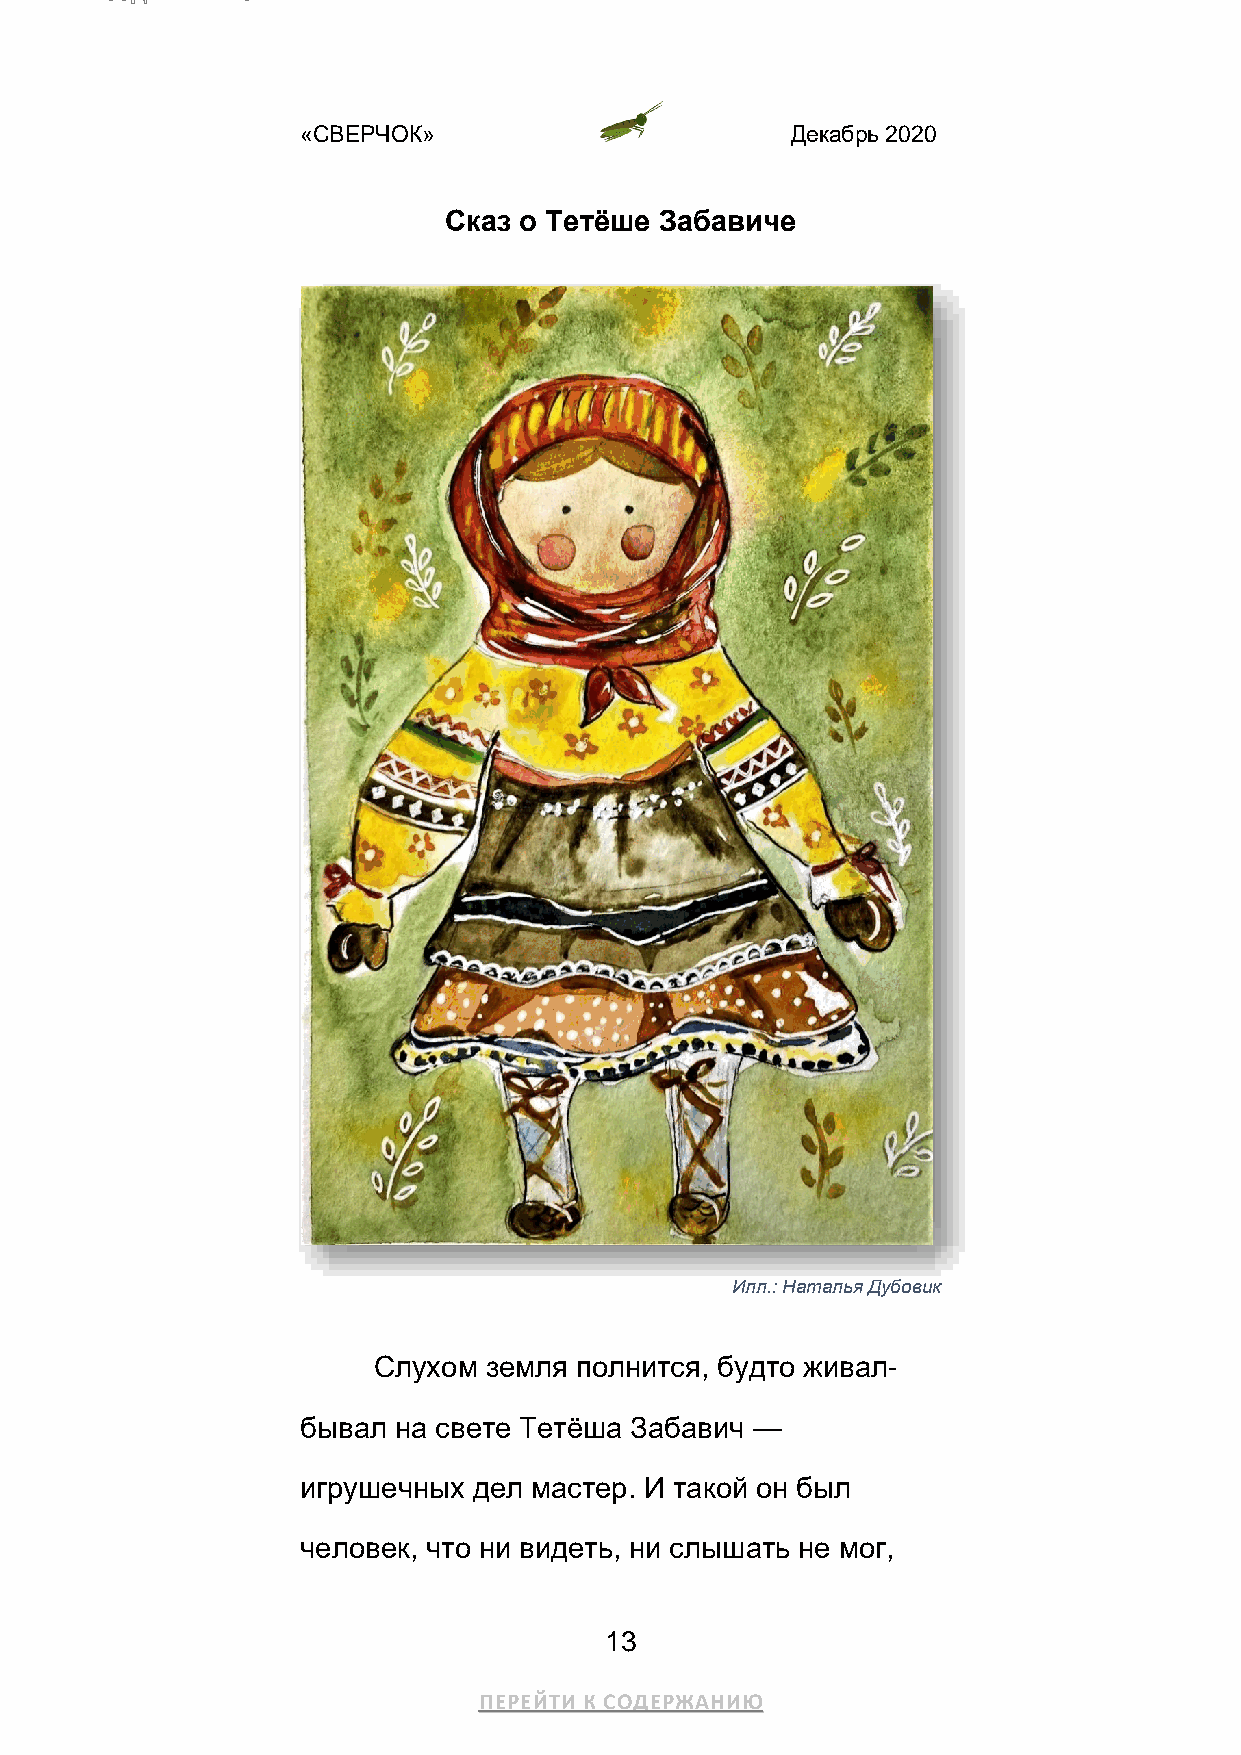
«СВЕРЧОК»                       Декабрь 2020
 Сказ о Тетёше  Забавиче
 Илл.: Наталья Дубовик
 Слухом земля полнится, будто живал-
 бывал на свете Тетёша Забавич —
 игрушечных дел мастер. И такой он был
 человек, что ни видеть, ни слышать не мог,
 13
 ПЕРЕЙТИ К СОДЕРЖАНИЮ